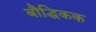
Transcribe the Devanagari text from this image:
बौद्धिकक